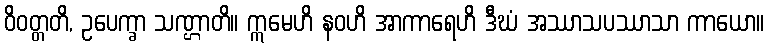
ဝိဝတ္တတိ, ဥပေက္ခာ သဏ္ဌာတိ။ ဣမေဟိ နဝဟိ အာကာရေဟိ ဒီဃံ အဿာသပဿာသာ ကာယော။